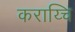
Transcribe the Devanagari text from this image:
कराय्चि